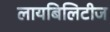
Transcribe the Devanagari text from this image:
लायबिलिटीज